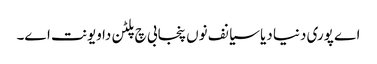
اے پوری دنیا دیا سیانف نوں پنجابی چ پلٹن دا ویونت اے۔